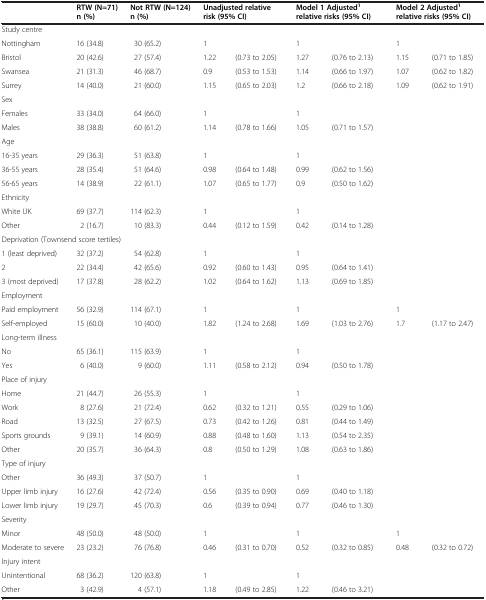
<table><thead><tr><td><b> </b></td><td><b>RTW (N=71) n (%)</b></td><td><b>Not RTW (N=124) n (%)</b></td><td colspan="2"><b>Unadjusted relative risk (95% CI)</b></td><td colspan="2"><b>Model 1 Adjusted<sup>1</sup>relative risks (95% CI)</b></td><td colspan="2"><b>Model 2 Adjusted<sup>1</sup>relative risks (95% CI)</b></td></tr></thead><tbody><tr><td colspan="9">Study centre</td></tr><tr><td>Nottingham</td><td>16 (34.8)</td><td>30 (65.2)</td><td>1</td><td> </td><td>1</td><td> </td><td>1</td><td> </td></tr><tr><td>Bristol</td><td>20 (42.6)</td><td>27 (57.4)</td><td>1.22</td><td>(0.73 to 2.05)</td><td>1.27</td><td>(0.76 to 2.13)</td><td>1.15</td><td>(0.71 to 1.85)</td></tr><tr><td>Swansea</td><td>21 (31.3)</td><td>46 (68.7)</td><td>0.9</td><td>(0.53 to 1.53)</td><td>1.14</td><td>(0.66 to 1.97)</td><td>1.07</td><td>(0.62 to 1.82)</td></tr><tr><td>Surrey</td><td>14 (40.0)</td><td>21 (60.0)</td><td>1.15</td><td>(0.65 to 2.03)</td><td>1.2</td><td>(0.66 to 2.18)</td><td>1.09</td><td>(0.62 to 1.91)</td></tr><tr><td colspan="9">Sex</td></tr><tr><td>Females</td><td>33 (34.0)</td><td>64 (66.0)</td><td>1</td><td> </td><td>1</td><td> </td><td> </td><td> </td></tr><tr><td>Males</td><td>38 (38.8)</td><td>60 (61.2)</td><td>1.14</td><td>(0.78 to 1.66)</td><td>1.05</td><td>(0.71 to 1.57)</td><td> </td><td> </td></tr><tr><td colspan="9">Age</td></tr><tr><td>16-35 years</td><td>29 (36.3)</td><td>51 (63.8)</td><td>1</td><td> </td><td>1</td><td> </td><td> </td><td> </td></tr><tr><td>36-55 years</td><td>28 (35.4)</td><td>51 (64.6)</td><td>0.98</td><td>(0.64 to 1.48)</td><td>0.99</td><td>(0.62 to 1.56)</td><td> </td><td> </td></tr><tr><td>56-65 years</td><td>14 (38.9)</td><td>22 (61.1)</td><td>1.07</td><td>(0.65 to 1.77)</td><td>0.9</td><td>(0.50 to 1.62)</td><td> </td><td> </td></tr><tr><td colspan="9">Ethnicity</td></tr><tr><td>White UK</td><td>69 (37.7)</td><td>114 (62.3)</td><td>1</td><td> </td><td>1</td><td> </td><td> </td><td> </td></tr><tr><td>Other</td><td>2 (16.7)</td><td>10 (83.3)</td><td>0.44</td><td>(0.12 to 1.59)</td><td>0.42</td><td>(0.14 to 1.28)</td><td> </td><td> </td></tr><tr><td colspan="9">Deprivation (Townsend score tertiles)</td></tr><tr><td>1 (least deprived)</td><td>32 (37.2)</td><td>54 (62.8)</td><td>1</td><td> </td><td>1</td><td> </td><td> </td><td> </td></tr><tr><td>2</td><td>22 (34.4)</td><td>42 (65.6)</td><td>0.92</td><td>(0.60 to 1.43)</td><td>0.95</td><td>(0.64 to 1.41)</td><td> </td><td> </td></tr><tr><td>3 (most deprived)</td><td>17 (37.8)</td><td>28 (62.2)</td><td>1.02</td><td>(0.64 to 1.62)</td><td>1.13</td><td>(0.69 to 1.85)</td><td> </td><td> </td></tr><tr><td colspan="9">Employment</td></tr><tr><td>Paid employment</td><td>56 (32.9)</td><td>114 (67.1)</td><td>1</td><td> </td><td>1</td><td> </td><td>1</td><td> </td></tr><tr><td>Self-employed</td><td>15 (60.0)</td><td>10 (40.0)</td><td>1.82</td><td>(1.24 to 2.68)</td><td>1.69</td><td>(1.03 to 2.76)</td><td>1.7</td><td>(1.17 to 2.47)</td></tr><tr><td colspan="9">Long-term illness</td></tr><tr><td>No</td><td>65 (36.1)</td><td>115 (63.9)</td><td>1</td><td> </td><td>1</td><td> </td><td> </td><td> </td></tr><tr><td>Yes</td><td>6 (40.0)</td><td>9 (60.0)</td><td>1.11</td><td>(0.58 to 2.12)</td><td>0.94</td><td>(0.50 to 1.78)</td><td> </td><td> </td></tr><tr><td colspan="9">Place of injury</td></tr><tr><td>Home</td><td>21 (44.7)</td><td>26 (55.3)</td><td>1</td><td> </td><td>1</td><td> </td><td> </td><td> </td></tr><tr><td>Work</td><td>8 (27.6)</td><td>21 (72.4)</td><td>0.62</td><td>(0.32 to 1.21)</td><td>0.55</td><td>(0.29 to 1.06)</td><td> </td><td> </td></tr><tr><td>Road</td><td>13 (32.5)</td><td>27 (67.5)</td><td>0.73</td><td>(0.42 to 1.26)</td><td>0.81</td><td>(0.44 to 1.49)</td><td> </td><td> </td></tr><tr><td>Sports grounds</td><td>9 (39.1)</td><td>14 (60.9)</td><td>0.88</td><td>(0.48 to 1.60)</td><td>1.13</td><td>(0.54 to 2.35)</td><td> </td><td> </td></tr><tr><td>Other</td><td>20 (35.7)</td><td>36 (64.3)</td><td>0.8</td><td>(0.50 to 1.29)</td><td>1.08</td><td>(0.63 to 1.86)</td><td> </td><td> </td></tr><tr><td colspan="9">Type of injury</td></tr><tr><td>Other</td><td>36 (49.3)</td><td>37 (50.7)</td><td>1</td><td> </td><td>1</td><td> </td><td> </td><td> </td></tr><tr><td>Upper limb injury</td><td>16 (27.6)</td><td>42 (72.4)</td><td>0.56</td><td>(0.35 to 0.90)</td><td>0.69</td><td>(0.40 to 1.18)</td><td> </td><td> </td></tr><tr><td>Lower limb injury</td><td>19 (29.7)</td><td>45 (70.3)</td><td>0.6</td><td>(0.39 to 0.94)</td><td>0.77</td><td>(0.46 to 1.30)</td><td> </td><td> </td></tr><tr><td colspan="9">Severity</td></tr><tr><td>Minor</td><td>48 (50.0)</td><td>48 (50.0)</td><td>1</td><td> </td><td>1</td><td> </td><td>1</td><td> </td></tr><tr><td>Moderate to severe</td><td>23 (23.2)</td><td>76 (76.8)</td><td>0.46</td><td>(0.31 to 0.70)</td><td>0.52</td><td>(0.32 to 0.85)</td><td>0.48</td><td>(0.32 to 0.72)</td></tr><tr><td colspan="9">Injury intent</td></tr><tr><td>Unintentional</td><td>68 (36.2)</td><td>120 (63.8)</td><td>1</td><td> </td><td>1</td><td> </td><td> </td><td> </td></tr><tr><td>Other</td><td>3 (42.9)</td><td>4 (57.1)</td><td>1.18</td><td>(0.49 to 2.85)</td><td>1.22</td><td>(0.46 to 3.21)</td><td> </td><td> </td></tr></tbody></table>